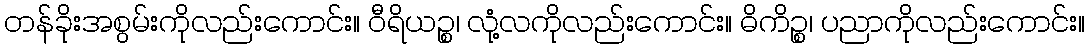
တန်ခိုးအစွမ်းကိုလည်းကောင်း။ ဝီရိယဉ္စ၊ လုံ့လကိုလည်းကောင်း။ ဓိကိဉ္စ၊ ပညာကိုလည်းကောင်း။